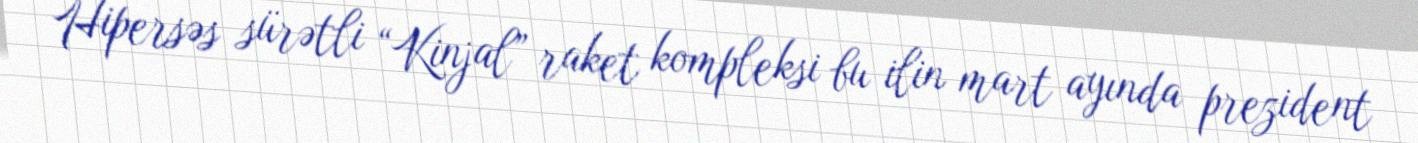
Hipersəs sürətli “Kinjal” raket kompleksi bu ilin mart ayında prezident